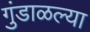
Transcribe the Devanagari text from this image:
गुंडाळल्या